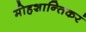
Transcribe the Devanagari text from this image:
मोहशान्तिकरं